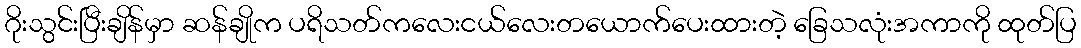
ဂိုးသွင်းပြီးချိန်မှာ ဆန်ချိုက ပရိသတ်ကလေးငယ်လေးတယောက်ပေးထားတဲ့ ခြေသလုံးအကာကို ထုတ်ပြ